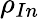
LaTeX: \rho_{In}\,